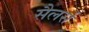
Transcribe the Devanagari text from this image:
सैलर्स